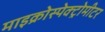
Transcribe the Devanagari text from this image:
माइक्रोस्पेक्ट्रोमीटर